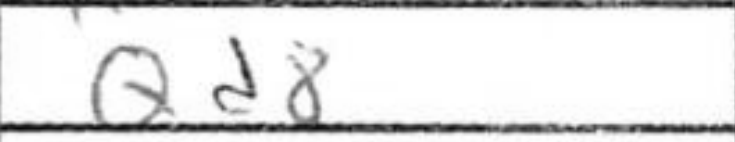
Transcription: Qd8